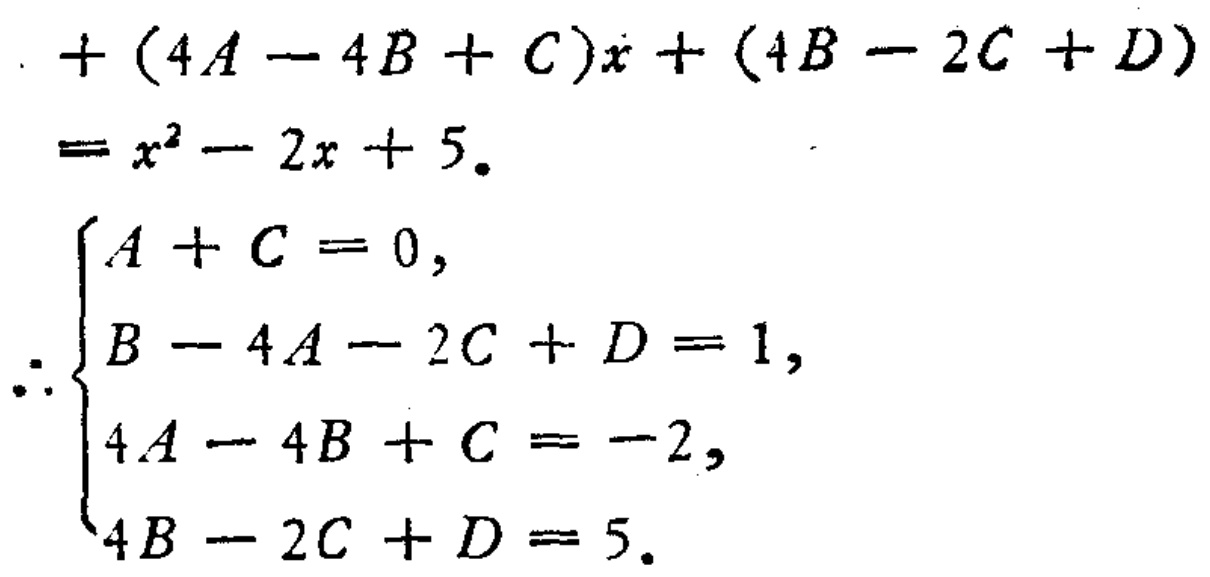
\[

\begin{align*}

&+(4A - 4B + C)x+(4B - 2C + D)\\

&=x^{2}-2x + 5.\\

\end{align*}

\]

\[

\begin{cases}

A + C = 0,\\

B - 4A - 2C + D = 1,\\

4A - 4B + C = -2,\\

4B - 2C + D = 5.

\end{cases}

\]